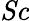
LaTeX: \mathit{Sc}